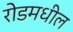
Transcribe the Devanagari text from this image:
रोडमधील